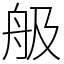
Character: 䑥